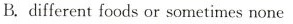
B. different foods or sometimes none